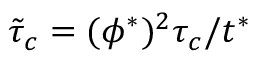
\tilde { \tau } _ { c } = ( \phi ^ { * } ) ^ { 2 } \tau _ { c } / t ^ { * }